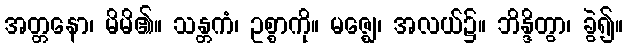
အတ္တနော၊ မိမိ၏။ သန္တကံ၊ ဥစ္စာကို။ မဇ္ဈေ၊ အလယ်၌။ ဘိန္ဒိတွာ၊ ခွဲ၍။